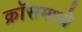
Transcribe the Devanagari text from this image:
क्रॉसमध्ये